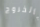
بالخروج